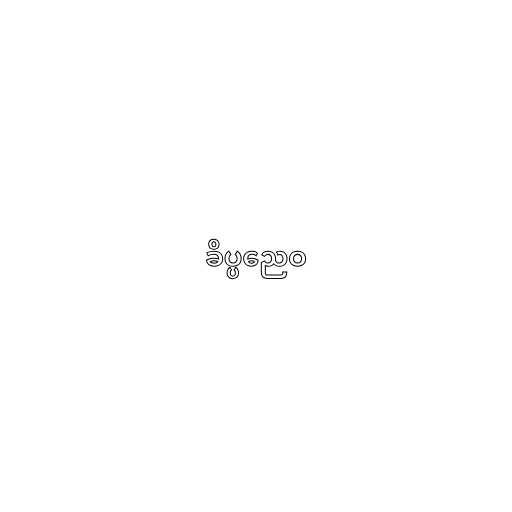
ခိပ္ပညေဝ